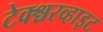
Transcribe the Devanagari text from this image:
टेक्श्चरव्हाइट